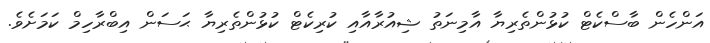
އަންހެން ބާސްކެޓް ކުޅުންތެރިޔާ އާމިނަތު ޝިއުރާއާއި ކުރިކެޓް ކުޅުންތެރިޔާ ޙަސަން އިބްރާހިމް ކަމަށެވެ.